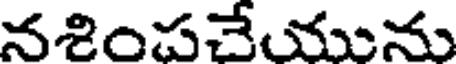
నశింపచేయును